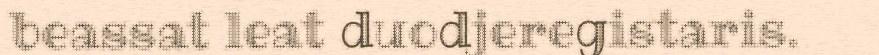
beassat leat duodjeregistaris.